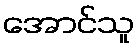
အောင်သူ